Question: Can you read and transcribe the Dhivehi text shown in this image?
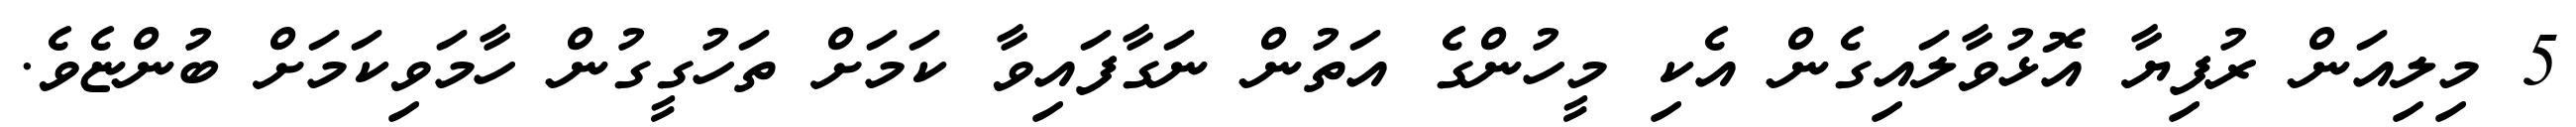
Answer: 5 މިލިއަން ރުފިޔާ އޮޅުވާލައިގެން އެކި މީހުންގެ އަތުން ނަގާފައިވާ ކަމަށް ތަހުގީގުން ހާމަވިކަމަށް ބުންޏެވެ.